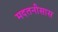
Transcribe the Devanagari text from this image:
मदतनीसास